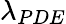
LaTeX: \lambda_{PDE}